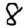
Digit: 8